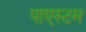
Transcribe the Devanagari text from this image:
पाएस्टम